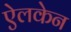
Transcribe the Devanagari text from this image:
ऐलकेन